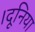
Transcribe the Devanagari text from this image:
।दूनिया